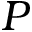
P